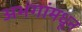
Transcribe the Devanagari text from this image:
अभंगांमधून